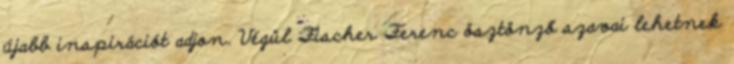
újabb inspirációt adjon. Végül Fischer Ferenc ösztönző szavai lehetnek